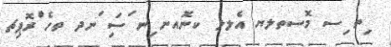
ިތ ިސ މޮސތލޔ އެލލ ކނޮއނ ިނ ަސިަ ަނދ ތހެ ެުރޮޕިޗ